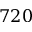
7 2 0